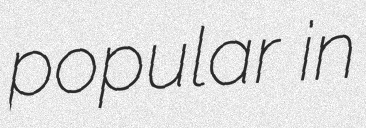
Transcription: popular in